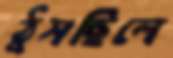
ঠুসছিলে